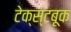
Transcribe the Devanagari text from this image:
टेक्स्टबूक